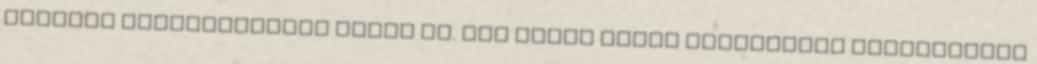
művészi emléktáblával látta el. Ezt Pákei Lajos kolozsvári építőművész